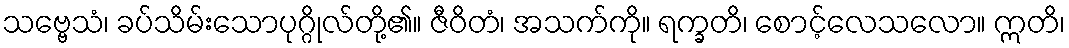
သဗ္ဗေသံ၊ ခပ်သိမ်းသောပုဂ္ဂိုလ်တို့၏။ ဇီဝိတံ၊ အသက်ကို။ ရက္ခတိ၊ စောင့်လေသလော။ ဣတိ၊